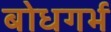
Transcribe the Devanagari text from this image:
बोधगर्भ